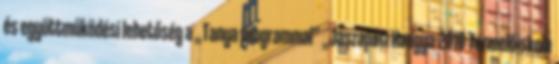
és együttműködési lehetőség a „Tanya programmal” „Jászapáti Hangya-2010 Termelőiskola